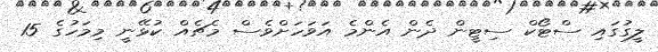
ލީގުގައި ސްޓޯކް ސިޓީން ދެން އެންމެ އަވަހަށްވެސް މެޗެއް ކުޅޭނީ މިމަހުގެ 15